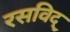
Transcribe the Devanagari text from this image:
रसविद्